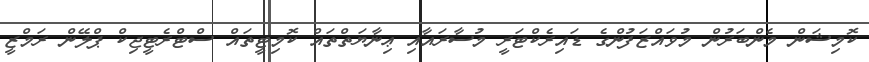
ކޮމިޝަން މެންބަރުން މުވައްޒަފުންގެ ޑައިރެކްޓަރީ މުސާރައާއި ޢިނާޔަތްތައް ކޮމިޓީތައް ސްޓްރެޓީޖިކް ޕްލޭން ރަމްޒީ